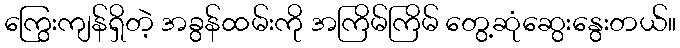
ကြွေးကျန်ရှိတဲ့ အခွန်ထမ်းကို အကြိမ်ကြိမ် တွေ့ဆုံဆွေးနွေးတယ်။